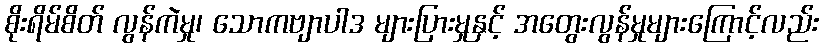
စိုးရိမ်စိတ် လွန်ကဲမှု၊ သောကဗျာပါဒ များပြားမှုနှင့် အတွေးလွန်မှုများကြောင့်လည်း